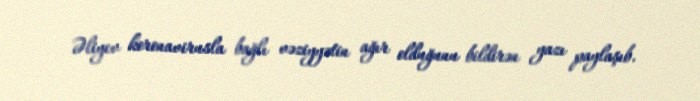
Əliyev koronavirusla bağlı vəziyyətin ağır olduğunu bildirən yazı paylaşıb.